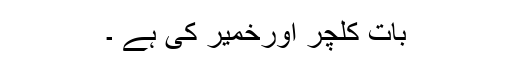
بات کلچر اورخمیر کی ہے ۔